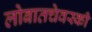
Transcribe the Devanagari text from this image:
लोबातचेवस्की